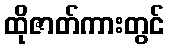
ထိုဇာတ်ကားတွင်